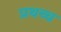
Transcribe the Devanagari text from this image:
प्रथच्च